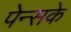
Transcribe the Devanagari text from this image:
पेन्सके